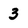
Character: 3